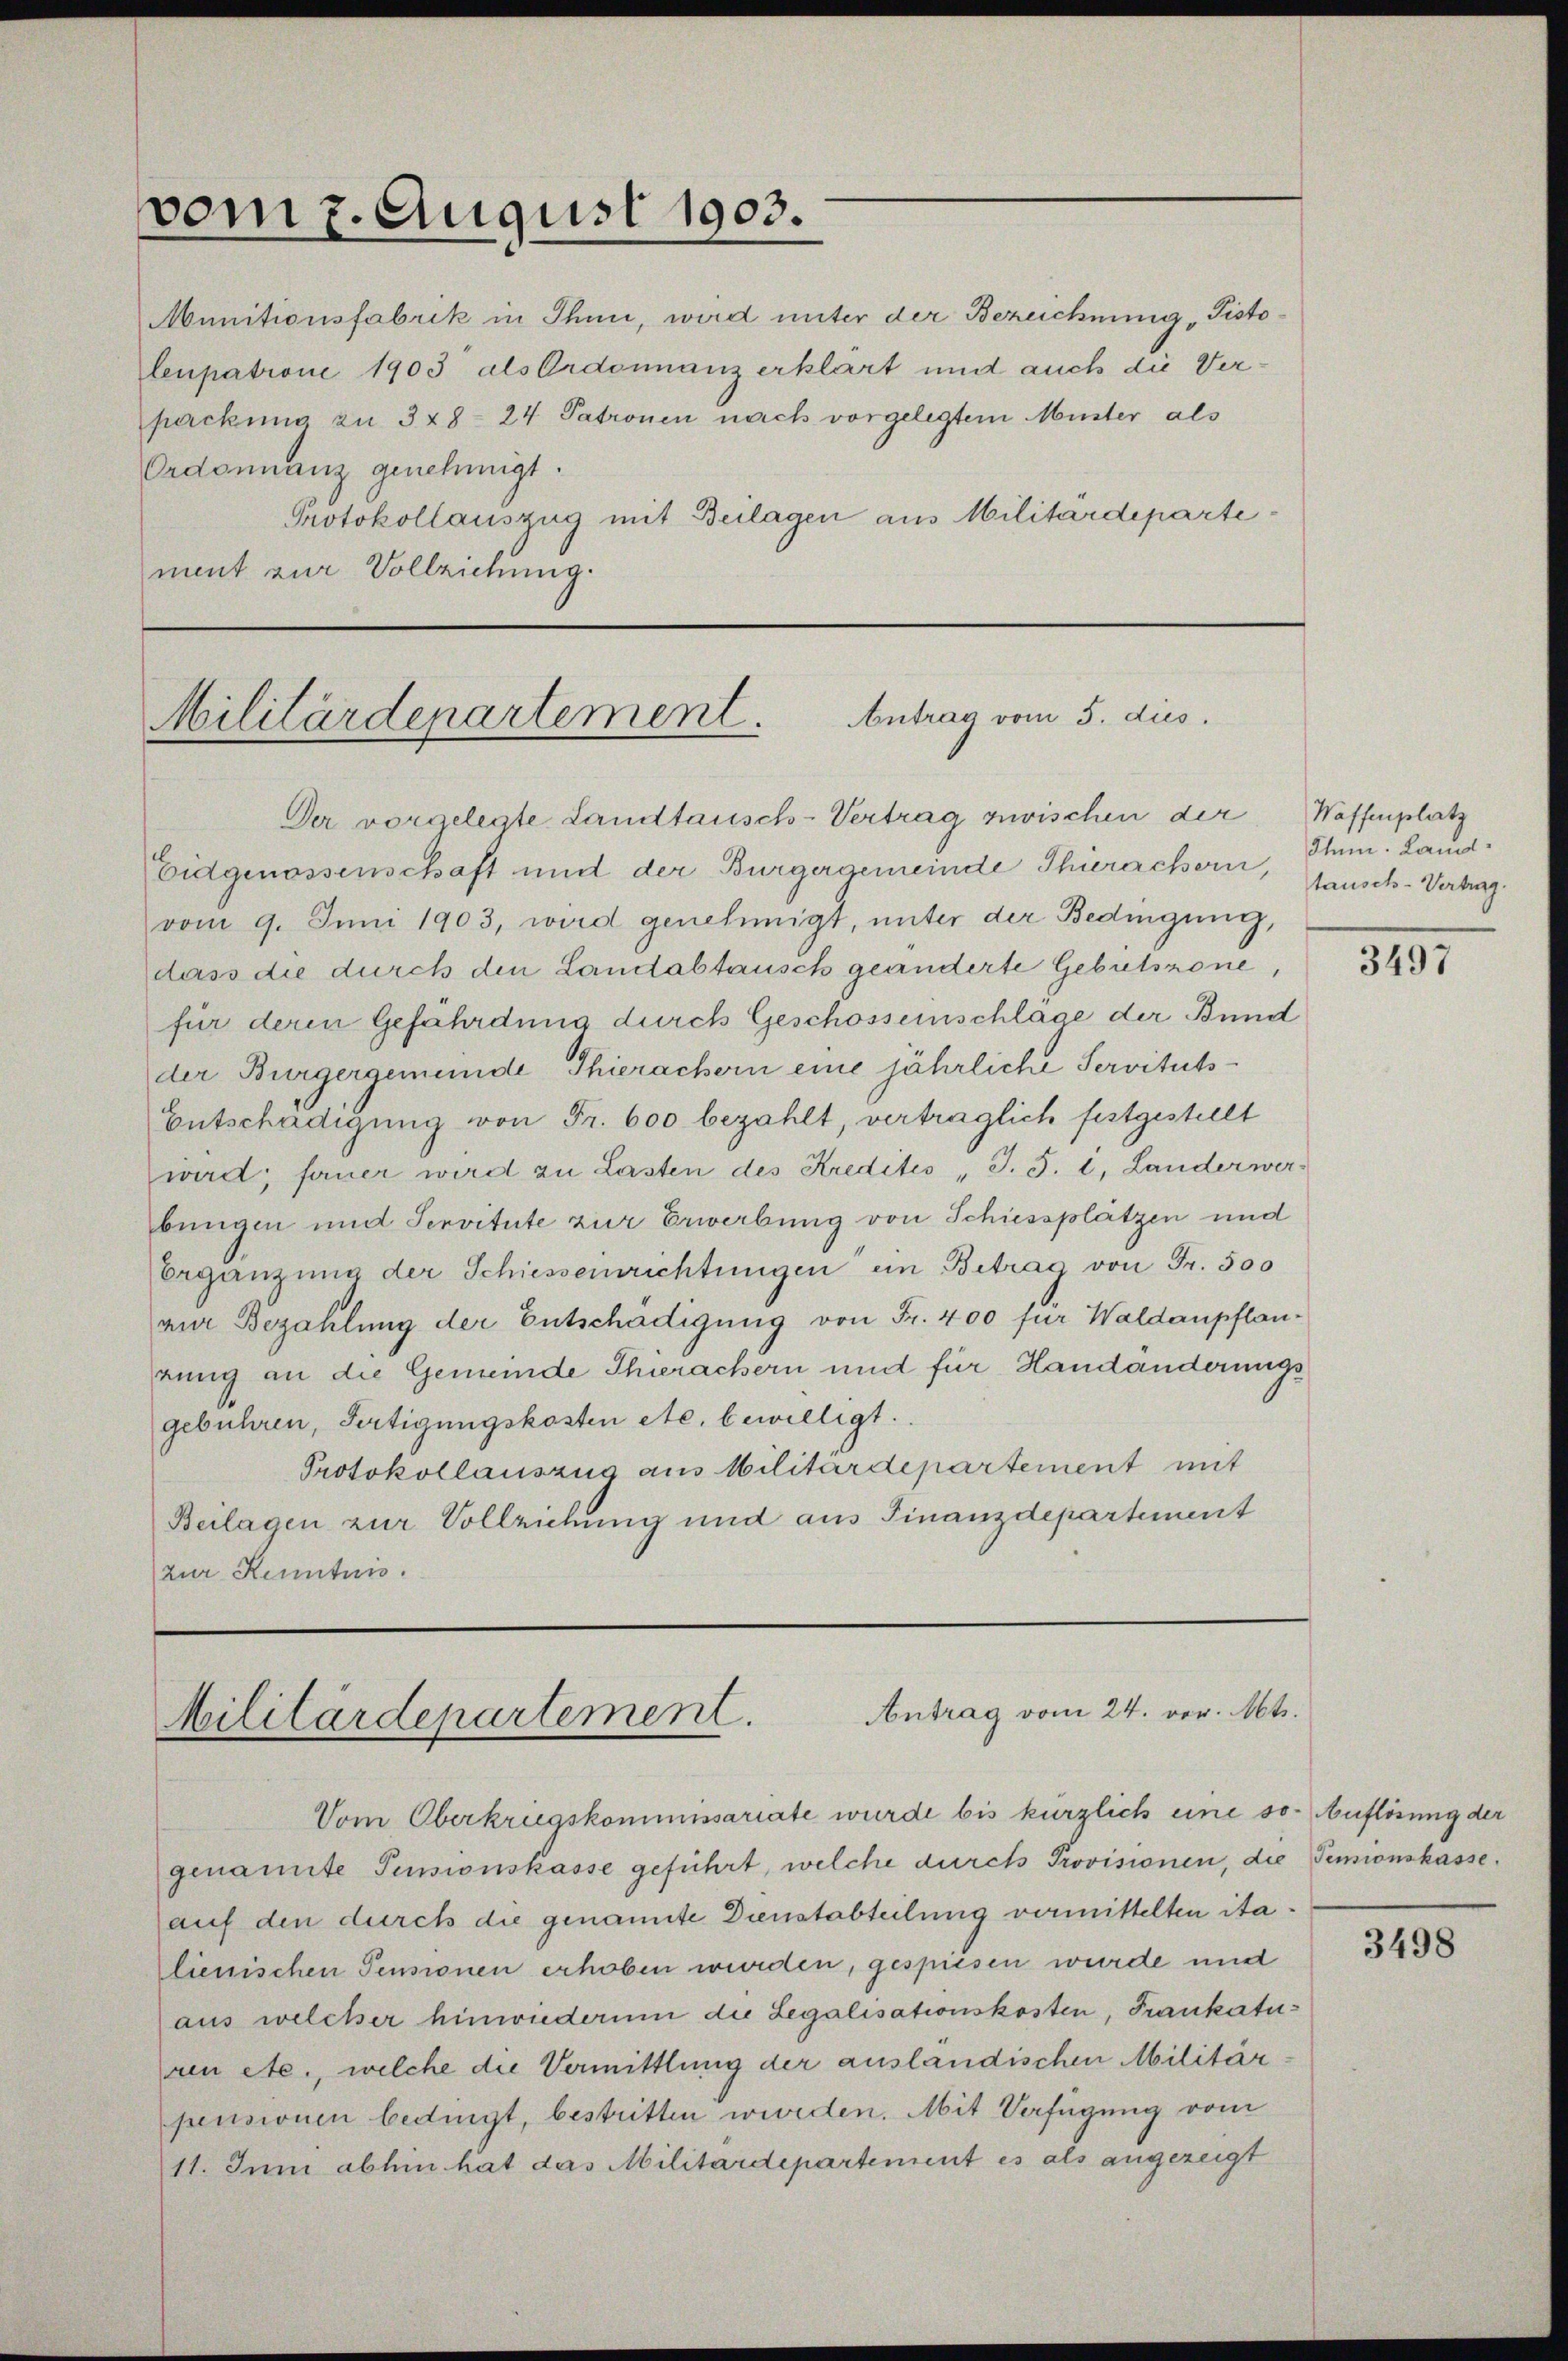
vom 7. August 1903.

leupatrone 1903 als Ordonnanz erklärt und auch die Verpackung zu 328-24 Patronen nach vorgelegtem Mister als
Ordonnanz genehmigt.
Protokollauszug mit Beilagen aus Militärdepartement zur Vollziehung.

Munitionsfabrik in Ihnii, wird unter der Bezeichnung „Pisto¬

Militärdepartement. Antrag vom 5. dies

Der vorgelegte Landtausch-Vertrag zwischen der
Eidgenossenschaft und der Bürgergemeinde Thierachern, Ihn. Landvom 9. Juni 1903, wird genehmigt, unter der Bedingung,
dass die durch den Landabtausch geänderte Gebutsrone,
für deren Gefährdung durch Geschosseinschlage der Bund
der Bürgergemeinde Thierachern eine jährliche Servituts-
Entschädigung von Fr. 600 bezahlt, verträglich festgestellt
wird; ferner wird zu Lasten des Kredites J. S. 2, Landerwerbungen und Servitute zur Erwerbung von Schiessplatzen und
Ergänzŭng der Schiesseinrichtungen ein Betrag von Fr. 500
zur Bezahlung der Entschädigung von Fr. 400 für Waldaupflanrung an die Gemeinde Thierachern und für Handänderungsgebühren, Fertigungskosten etc. bewilligt.
Protokollauszug aus Militärdepartement mit
Beilagen zur Vollziehung und aus Finanzdepartement
zur Kenntnis.
Antrag vom 24. vor. Mts.
Militärdepartement.
Vom Oberkriegskommissariate wurde bis kürzlich eine so. Auflösung der
genannte Pensionskasse geführt, welche durch Provisionen, die Senionskasse.
auf den durch die genannte Dienstabteilung vermittelten italienischen Pensionen erhoben wurden, gespiesen wurde und
aus welcher hinwiederum die Legalisationskosten, Frankaturen etc., welche die Vermittlung der ausländischen Militär
pensionen bedingt, bestritten werden. Mit Verfügung vom
11. Juni abhin hat das Militärdepartement es als angezeigt

Waffenplatz
tausch-Vertrag.

3195

3498